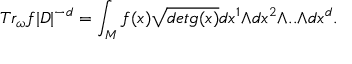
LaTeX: T r _ { \omega } f | D | ^ { - d } = \int _ { M } f ( x ) \sqrt { d e t g ( x ) } d x ^ { 1 } { \wedge } d x ^ { 2 } { \wedge } . . { \wedge } d x ^ { d } .